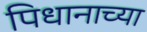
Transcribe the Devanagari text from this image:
पिधानाच्या